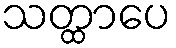
သတ္ထာပေ